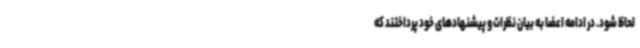
لحاظ شود. در ادامه اعضا به بیان نظرات و پیشنهادهای خود پرداختند که